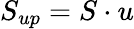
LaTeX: S_{up}=S\cdot u